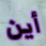
أين